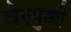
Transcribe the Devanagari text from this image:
वेस्पुक्की